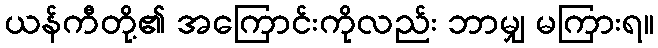
ယန်ကီတို့၏ အကြောင်းကိုလည်း ဘာမျှ မကြားရ။